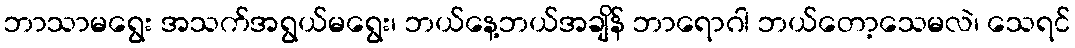
ဘာသာမရွေး အသက်အရွယ်မရွေး၊ ဘယ်နေ့ဘယ်အချိန် ဘာရောဂါ ဘယ်တော့သေမလဲ၊ သေရင်